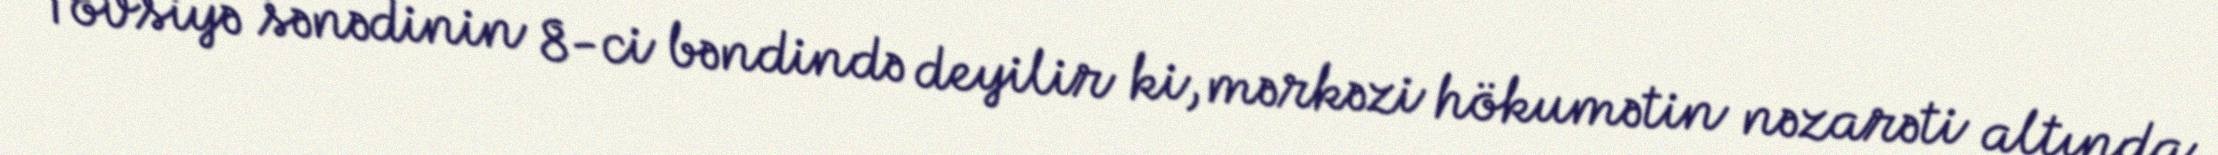
Tövsiyə sənədinin 8-ci bəndində deyilir ki, mərkəzi hökumətin nəzarəti altında